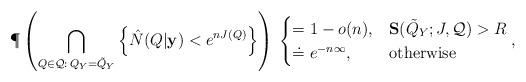
LaTeX: \begin{align*}\P\left(\bigcap_{Q\in{\cal Q}:\, Q_{Y}=\tilde{Q}_{Y}}\left\{ \hat{N}(Q|\mathbf{y})<e^{nJ(Q)}\right\} \right)\:\begin{cases}=1-o(n), & \mathbf{S}(\tilde{Q}_{Y};J,{\cal Q})>R\\\doteq e^{-n\infty}, & \mbox{otherwise}\end{cases},\end{align*}